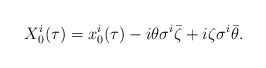
\begin{align*}X_0^i (\tau) = x_0^i(\tau) - i \theta\sigma^i \bar \zeta + i \zeta\sigma^i \bar \theta. \end{align*}